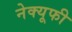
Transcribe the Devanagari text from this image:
नेक्यूफी